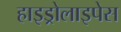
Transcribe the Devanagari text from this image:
हाइड्रोलाइपेस